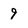
Character: 9